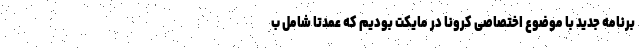
برنامه جدید با موضوع اختصاصی کرونا در مایکت بودیم که عمدتا شامل ب